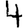
Digit: 4